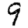
Digit: 9